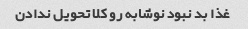
غذا بد نبود نوشابه رو کلا تحویل ندادن